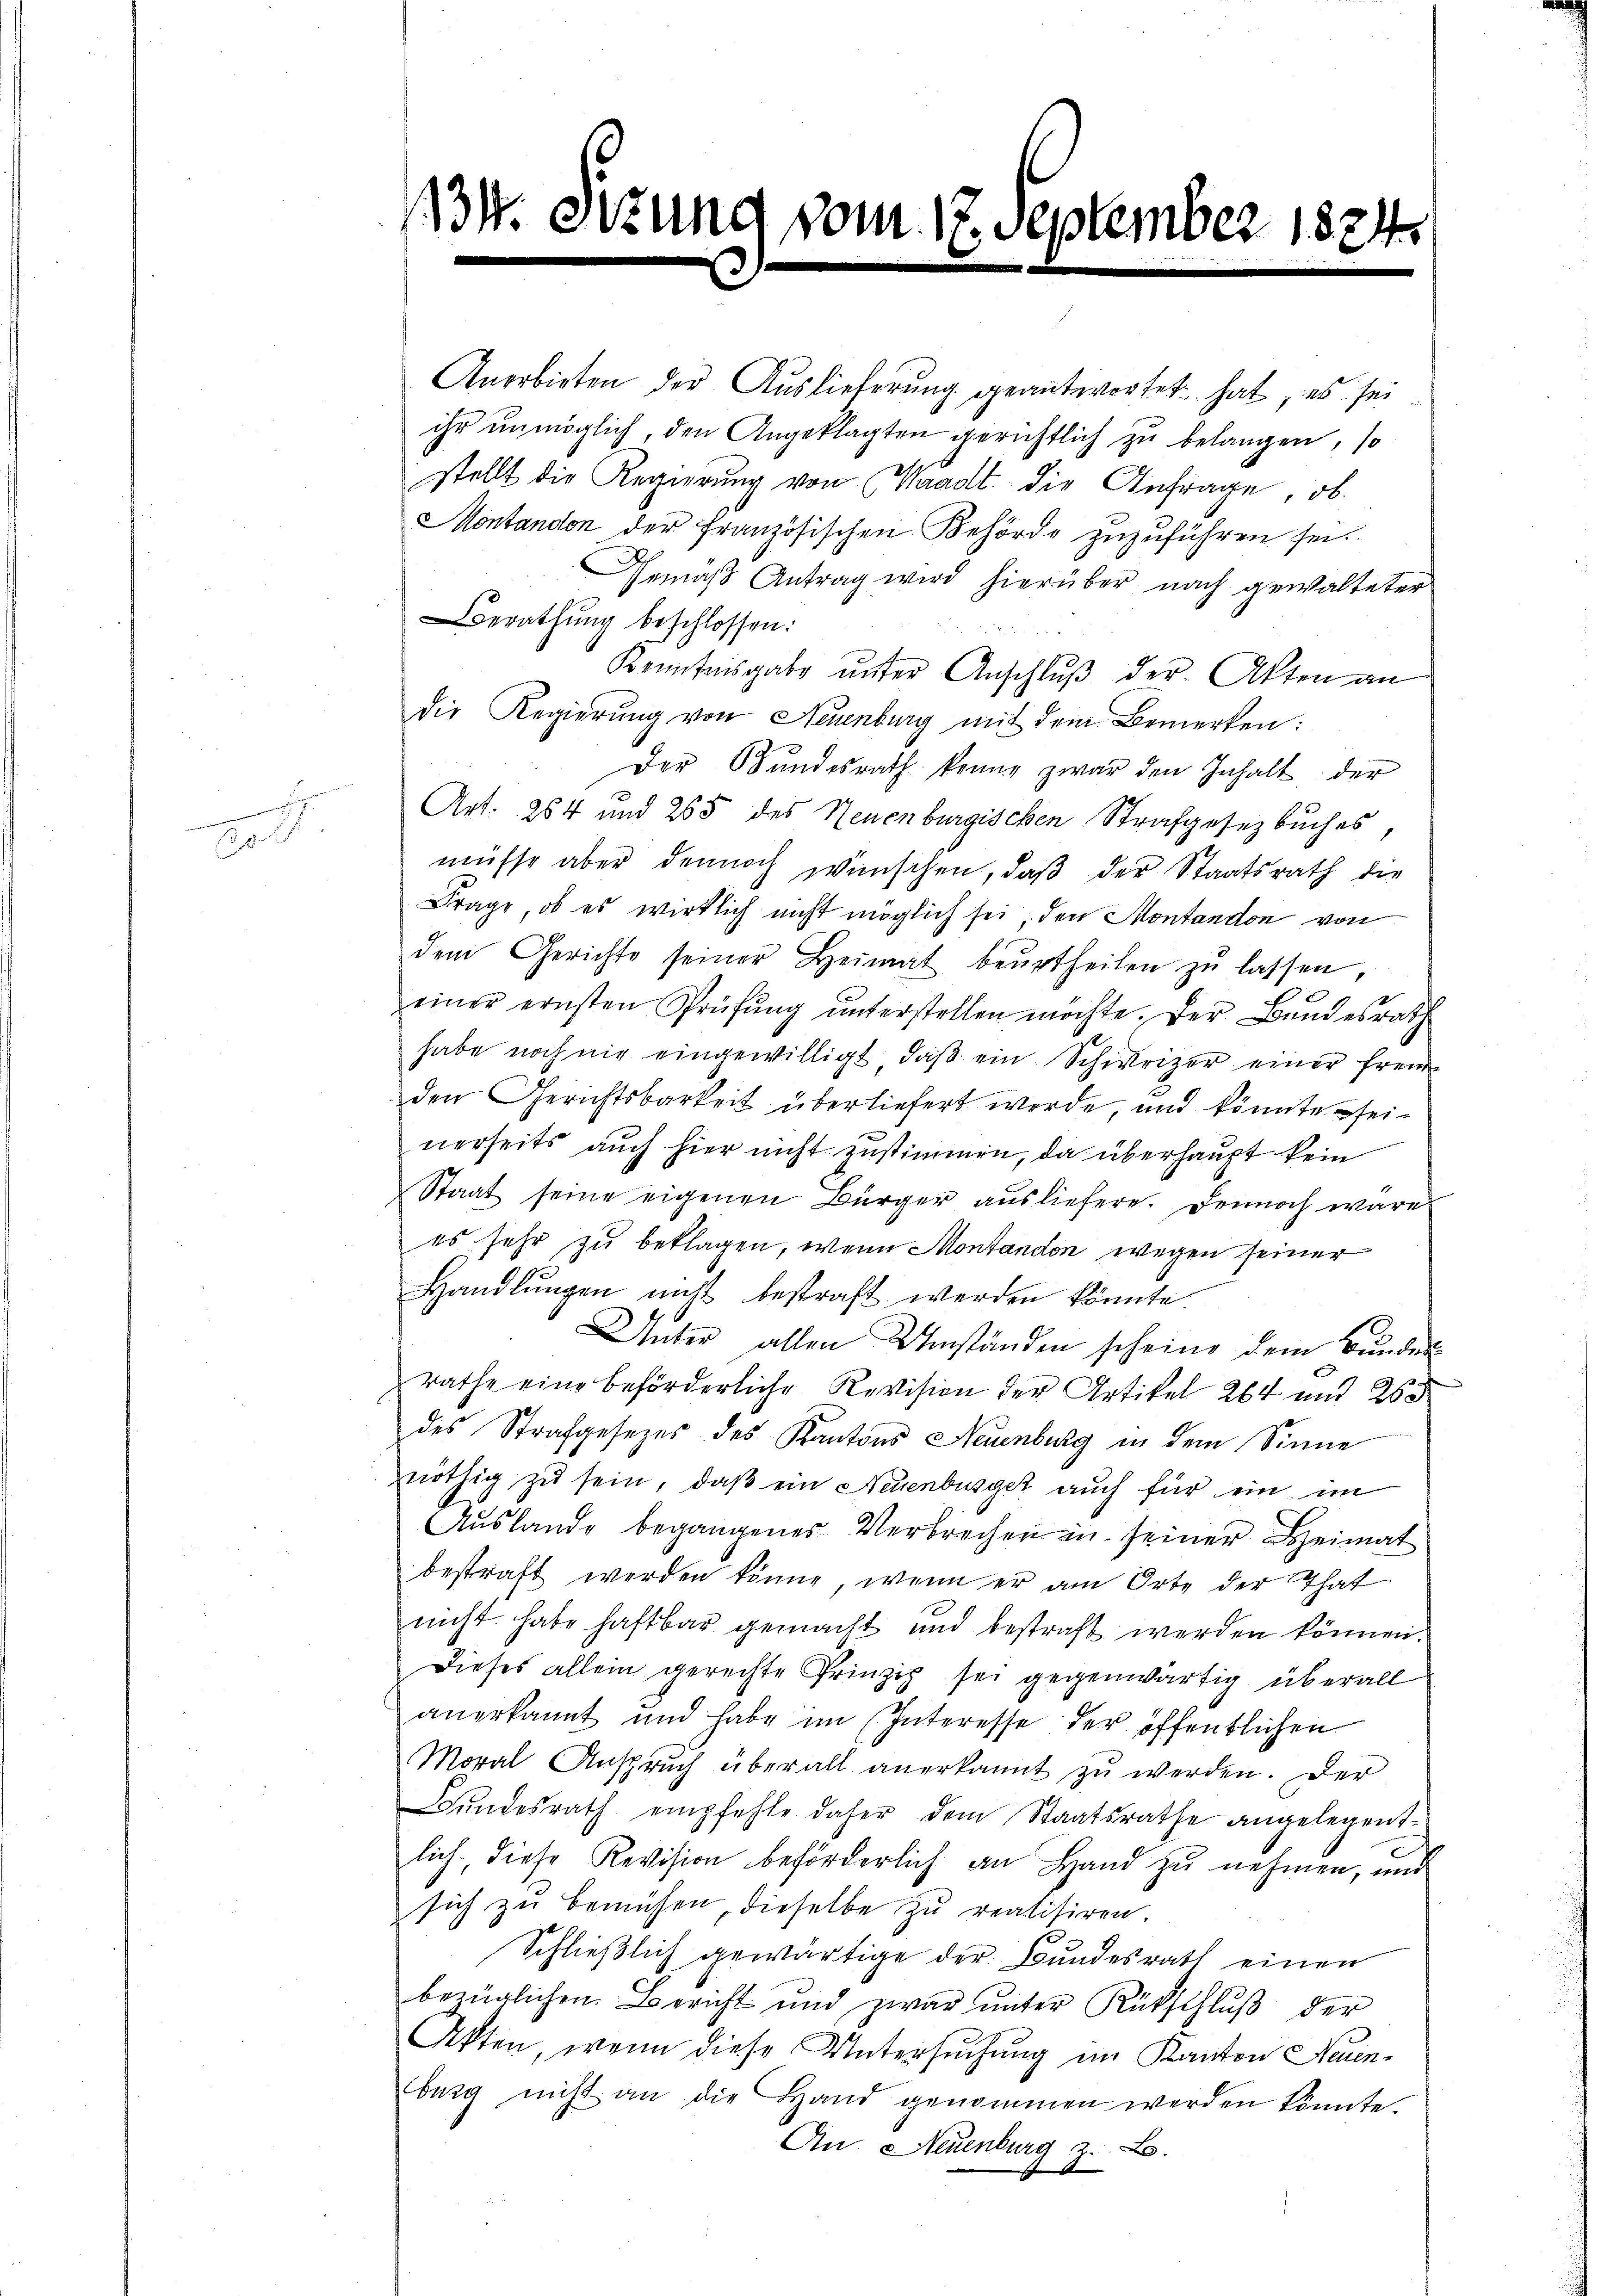
n

131. Sitzung vom 17. September 1824.

Anerbieten der Aŭslieferung geantwortet hat, es sei
ihr unmöglich, den Angeklagten gerichtlich zu belangen, so
stellt die Regierŭng von Waadt die Anfrage, ob
Montandon der französischen Behörde zuzuführen sei.
Gemäß Antrag wird hierüber nach gewalteter
Berathung beschlossen:
Kenntnisgabe unter Anschlŭβ der Akten an
die Regierung von Neuenburg mit dem Bemerken:
Der Bundesrath kenne zwar den Inhalt der
Art. 254 und 265 des Neuenburgischen Strafgesetzbuches,
müsse aber dennoch wünschen, daß der Staatsrath die
Frage, ob es wirklich nicht möglich sei den Montandon von
dem Gerichte seiner Heimat beŭrtheilen zŭ lassen,
einer ernsten Prüfŭng ŭnterstellen möchte. Der Bundesrath
habe noch nie eingewilligt, daβ ein Schweizer einer fremd
den Gerichtsbarkeit überliefert werde, und könnte seinerseits auch hier nicht zustimmen, da überhaupt kein
Staat seine eigenen Bürger ausliefere. Dennoch wäre
es sehr zu beklagen, wenn Montandon wegen seiner
Handlŭngen nicht bestraft werden könnte
Unter allen Umständen scheine dem Bunden
rathe eine beförderliche Revision der Artikel 264 und 265
des Strafgesetzes des Kantons Neuenburg in dem Sinne
nöthig zu sein, daß ein Neuenburger auch für ein im
Auslande begangenes Verbrechen in seiner Heimat
bestraft werden könne, wenn er am Orte der That
nicht habe haftbar gemacht und bestraft werden können.
Dieses allein gerechte Prinzip sei gegenwärtig überall
anerkannt und habe im (Interesse der öffentlichen
Moral Anspruch überall anerkannt zu werden. Der
Bŭndesrath empfehle daher dem Staatsrathe angelegent
lich. Diese Revision beförderlich an Hand zu nehmen, und
sich zu bemühen, dieselbe zu realisiren
Schließlich gewärtige der Bundesrath einen
bezüglichen. Bericht und zwar ŭnter Rückschlŭβ der
Akten, wenn diese Untersuchung im Kanton Neuenburg nicht an die Hand genommen werden könnte.
An Neuenburg z. B.